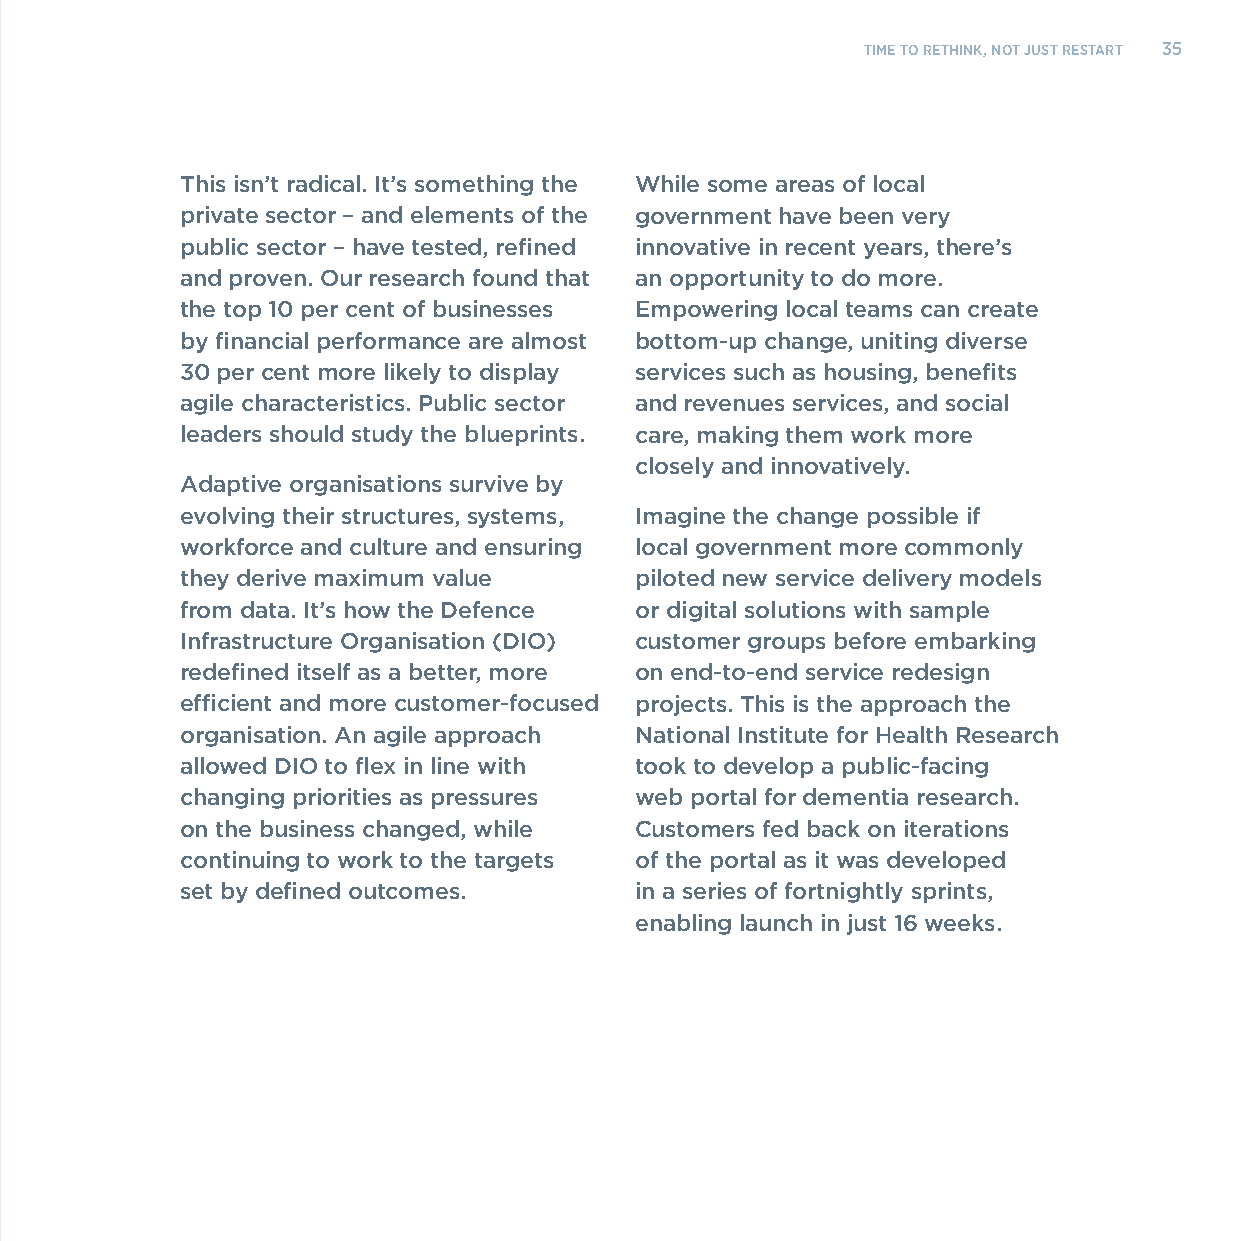
TIME TO RETHINK, NOT JUST RESTART 35
 This isn’t radical. It’s something the While some areas of local
 private sector – and elements of the government have been very
 public sector – have tested, refined innovative in recent years, there’s
 and proven. Our research found that an opportunity to do more.
 the top 10 per cent of businesses Empowering local teams can create
 by financial performance are almost bottom-up change, uniting diverse
 30 per cent more likely to display services such as housing, benefits
 agile characteristics. Public sector and revenues services, and social
 leaders should study the blueprints. care, making them work more
 closely and innovatively.
 Adaptive organisations survive by
 evolving their structures, systems, Imagine the change possible if
 workforce and culture and ensuring local government more commonly
 they derive maximum value     piloted new service delivery models
 from data. It’s how the Defence or digital solutions with sample
 Infrastructure Organisation (DIO) customer groups before embarking
 redefined itself as a better, more on end-to-end service redesign
 efficient and more customer-focused projects. This is the approach the
 organisation. An agile approach National Institute for Health Research
 allowed DIO to flex in line with took to develop a public-facing
 changing priorities as pressures web portal for dementia research.
 on the business changed, while Customers fed back on iterations
 continuing to work to the targets of the portal as it was developed
 set by defined outcomes.      in a series of fortnightly sprints,
 enabling launch in just 16 weeks.